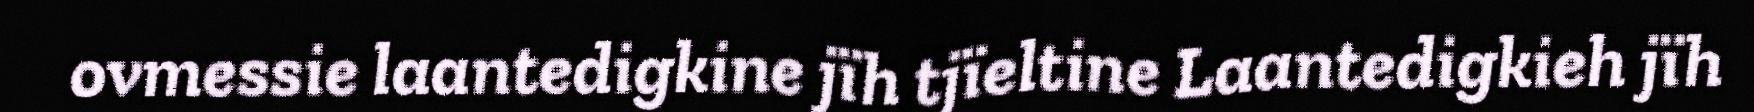
ovmessie laantedigkine jïh tjïeltine Laantedigkieh jïh